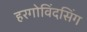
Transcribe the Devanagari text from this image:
हरगोविंदसिंग